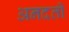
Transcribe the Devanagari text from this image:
अनदती